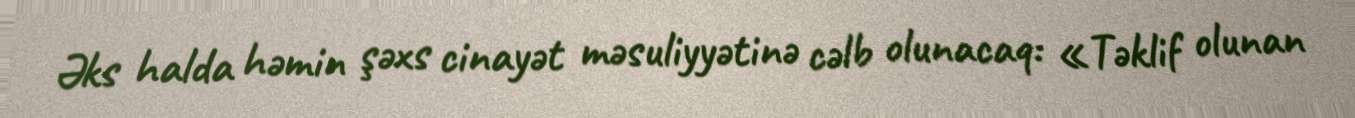
Əks halda həmin şəxs cinayət məsuliyyətinə cəlb olunacaq: «Təklif olunan